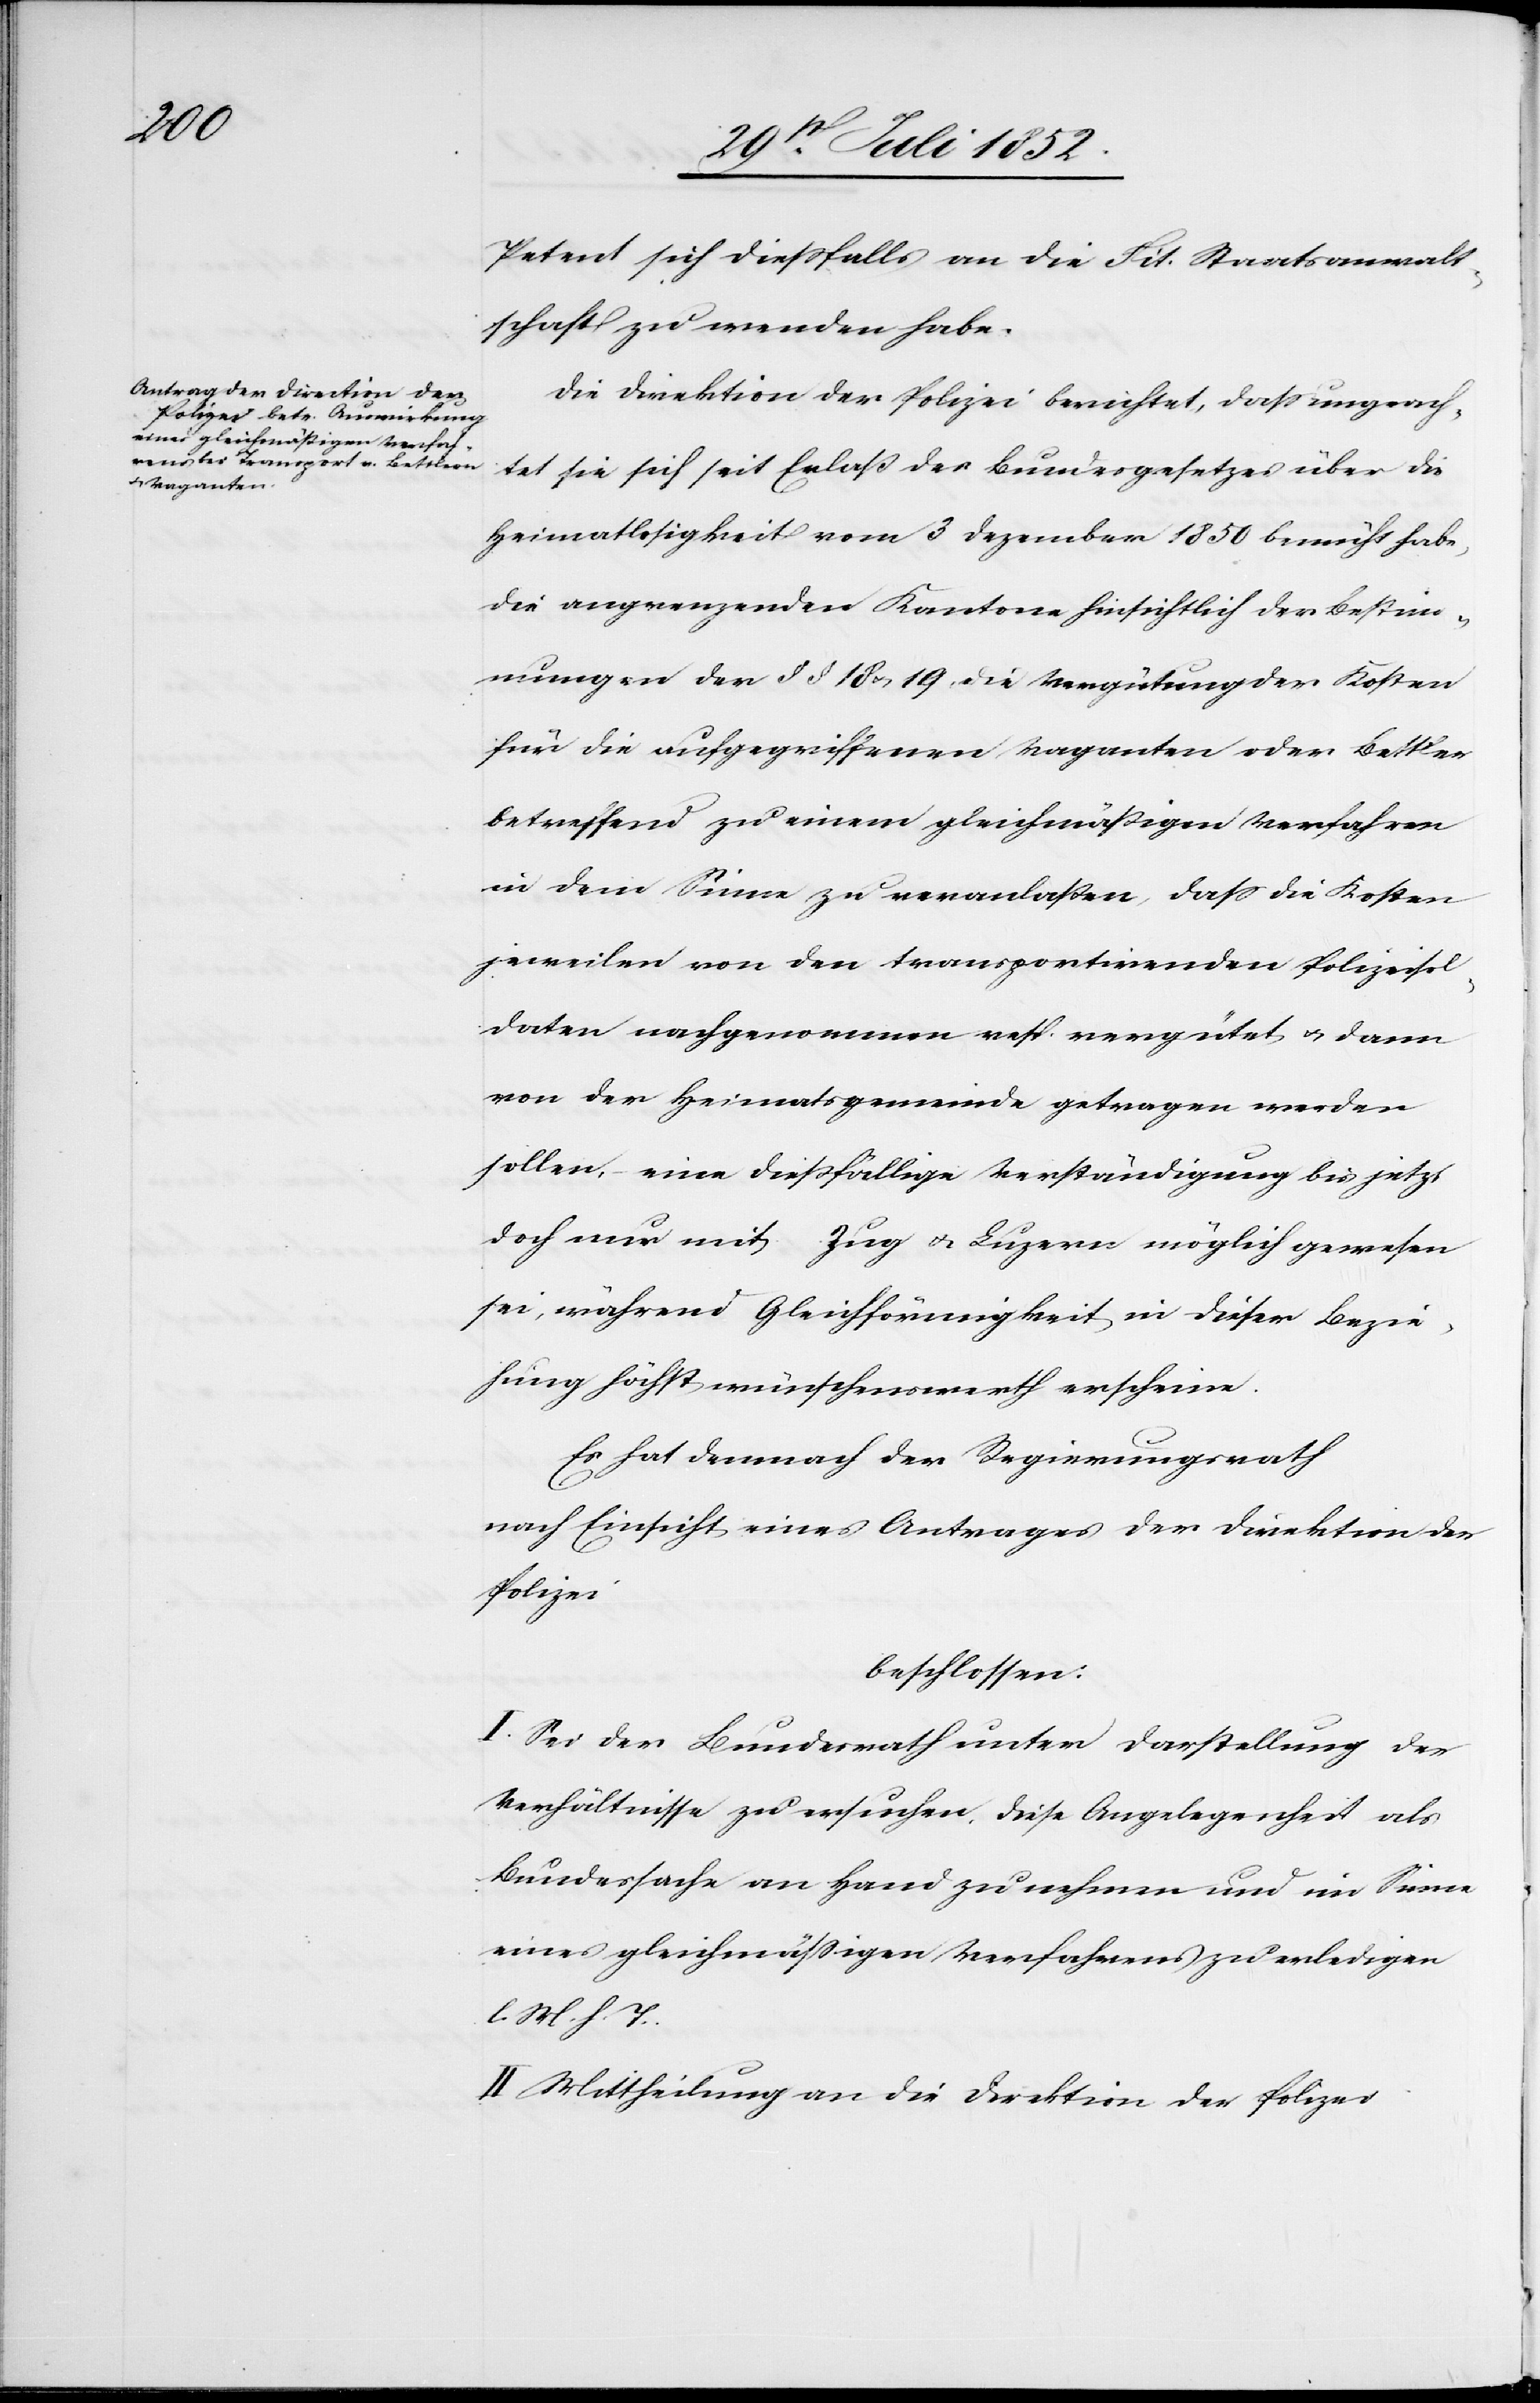
Petent sich diessfalls an die Tit. Staatsanwalt¬
schaft zu wenden habe.
Die Direktion der Polizei berichtet, dass ungeach¬
tet sie sich seit Erlaß des Bundesgesetzes über die
Heimatlosigkeit vom 3 Dezember 1850 bemüht habe,
die angrenzenden Kantone hinsichtlich der Bestim¬
mungen der § § 18 & 19, die Vergütung der Kosten
für die aufgegriffenen Vaganten oder Bettler
betreffend zu einem gleichmäßigen Verfahren
in dem Sinne zu veranlaßen, dass die Kosten
jeweilen von den transportirenden Polizeisol¬
daten nachgenommen resp. vergütet & dann
von der Heimatsgemeinde getragen werden
sollen, – eine dießfällige Verständigung bis jetzt
doch nur mit Zug & Luzern möglich gewesen
sei, während Gleichförmigkeit in dieser Bezie¬
hung höchst wünschenswerth erscheine.
Es hat demnach der Regierungsrath
nach Einsicht eines Antrages der Direktion der
Polizei
beschlossen:
I. Sei der Bundesrath unter Darstellung der
Verhältnisse zu ersuchen, diese Angelegenheit als
Bundessache an Hand zu nehmen und im Sinne
eines gleichmässigen Verfahrens zu erledigen
l. M. h. T.
II Mittheilung an die Direktion der Polizei.